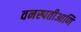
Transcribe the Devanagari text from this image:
वनस्पतीआणि